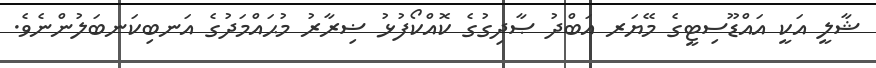
ޝާލީ އަކީ އައްޑޫސިޓީގެ މޭޔަރ އަބްދު ޞާދިގުގެ ކޮއްކޯފުޅު ޟިރާރު މުޙައްމަދުގެ އަނބިކަނބަލުންނެވެ.